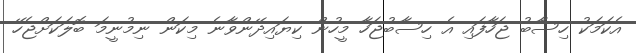
އެކަމަކު ހިސާބު ޖަހާފައި އެ ހިސާބުޖަހާ މީހުން ކިޔައިދޭންވާނެ މިކަން ނިމުނީމަ ބޮލަކަށްޖެހޭ